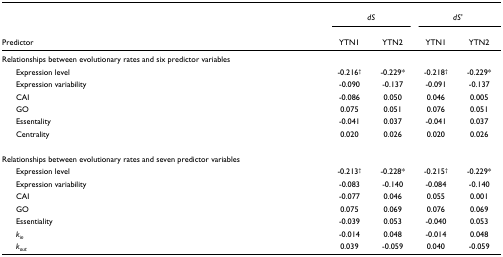
<table><thead><tr><td></td><td colspan="2"><b><i>dS</i></b></td><td colspan="2"><b><i>dS&#x27;</i></b></td></tr><tr><td><b>Predictor</b></td><td><b>YTN1</b></td><td><b>YTN2</b></td><td><b>YTN1</b></td><td><b>YTN2</b></td></tr></thead><tbody><tr><td>Relationships between evolutionary rates and six predictor variables</td><td></td><td></td><td></td><td></td></tr><tr><td> Expression level</td><td>-0.216<sup>†</sup></td><td>-0.229*</td><td>-0.218<sup>†</sup></td><td>-0.229*</td></tr><tr><td> Expression variability</td><td>-0.090</td><td>-0.137</td><td>-0.091</td><td>-0.137</td></tr><tr><td> CAI</td><td>-0.086</td><td>0.050</td><td>0.046</td><td>0.005</td></tr><tr><td> GO</td><td>0.075</td><td>0.051</td><td>0.076</td><td>0.051</td></tr><tr><td> Essentality</td><td>-0.041</td><td>0.037</td><td>-0.041</td><td>0.037</td></tr><tr><td> Centrality</td><td>0.020</td><td>0.026</td><td>0.020</td><td>0.026</td></tr><tr><td>Relationships between evolutionary rates and seven predictor variables</td><td></td><td></td><td></td><td></td></tr><tr><td> Expression level</td><td>-0.213<sup>†</sup></td><td>-0.228*</td><td>-0.215<sup>†</sup></td><td>-0.229*</td></tr><tr><td> Expression variability</td><td>-0.083</td><td>-0.140</td><td>-0.084</td><td>-0.140</td></tr><tr><td> CAI</td><td>-0.077</td><td>0.046</td><td>0.055</td><td>0.001</td></tr><tr><td> GO</td><td>0.075</td><td>0.069</td><td>0.076</td><td>0.069</td></tr><tr><td> Essentiality</td><td>-0.039</td><td>0.053</td><td>-0.040</td><td>0.053</td></tr><tr><td> <i>k</i><sub><i>in</i></sub></td><td>-0.014</td><td>0.048</td><td>-0.014</td><td>0.048</td></tr><tr><td> <i>k</i><sub><i>out</i></sub></td><td>0.039</td><td>-0.059</td><td>0.040</td><td>-0.059</td></tr></tbody></table>